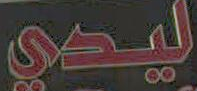
ليدي